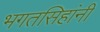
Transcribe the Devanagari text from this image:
भगतसिहांनी